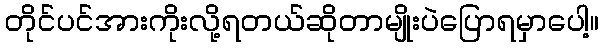
တိုင်ပင်အားကိုးလို့ရတယ်ဆိုတာမျိုးပဲပြောရမှာပေါ့။